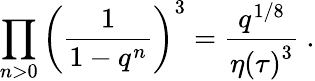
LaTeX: \prod_{n>0}\left(\frac{1}{1-q^{n}}\right)^{3}=\frac{q^{1/8}}{\eta\left(\tau\right)^{3}}\ .